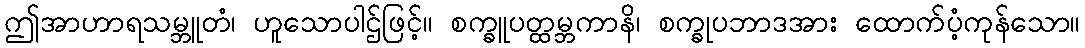
ဤအာဟာရသမ္ဘူတံ၊ ဟူသောပါဌ်ဖြင့်။ စက္ခူပတ္ထမ္ဘကာနိ၊ စက္ခုပဘာဒအား ထောက်ပံ့ကုန်သော။